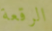
الرقعة